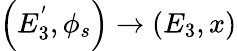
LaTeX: \left(E_{3}^{'},\phi_{s}\right)\rightarrow\left(E_{3},x\right)